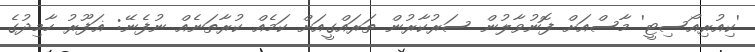
'ކިއުރިއޯސިޓީ' މާސްއަށް ފޮނުވާލުން ސަރުކާރުން ތަރައްގީއަށް ކަމެއް ކުރާތަނެއް ނުފެނޭ: ޣަފޫރު ހާމިދުގެ